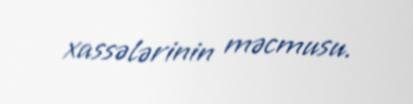
xassələrinin məcmusu.